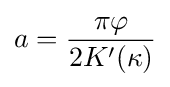
a={\frac {\pi \varphi }{2K'(\kappa )}}